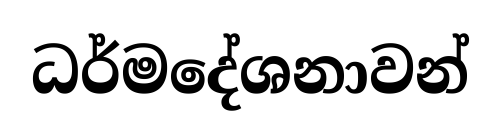
ධර්මදේශනාවන්